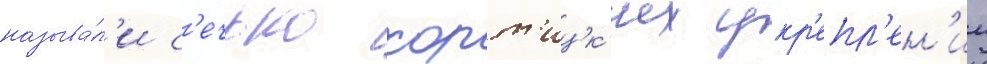
называ́л'и с'ечью хорт'ицк'их укр'епл'ен'ии